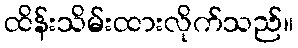
ထိန်းသိမ်းထားလိုက်သည်။